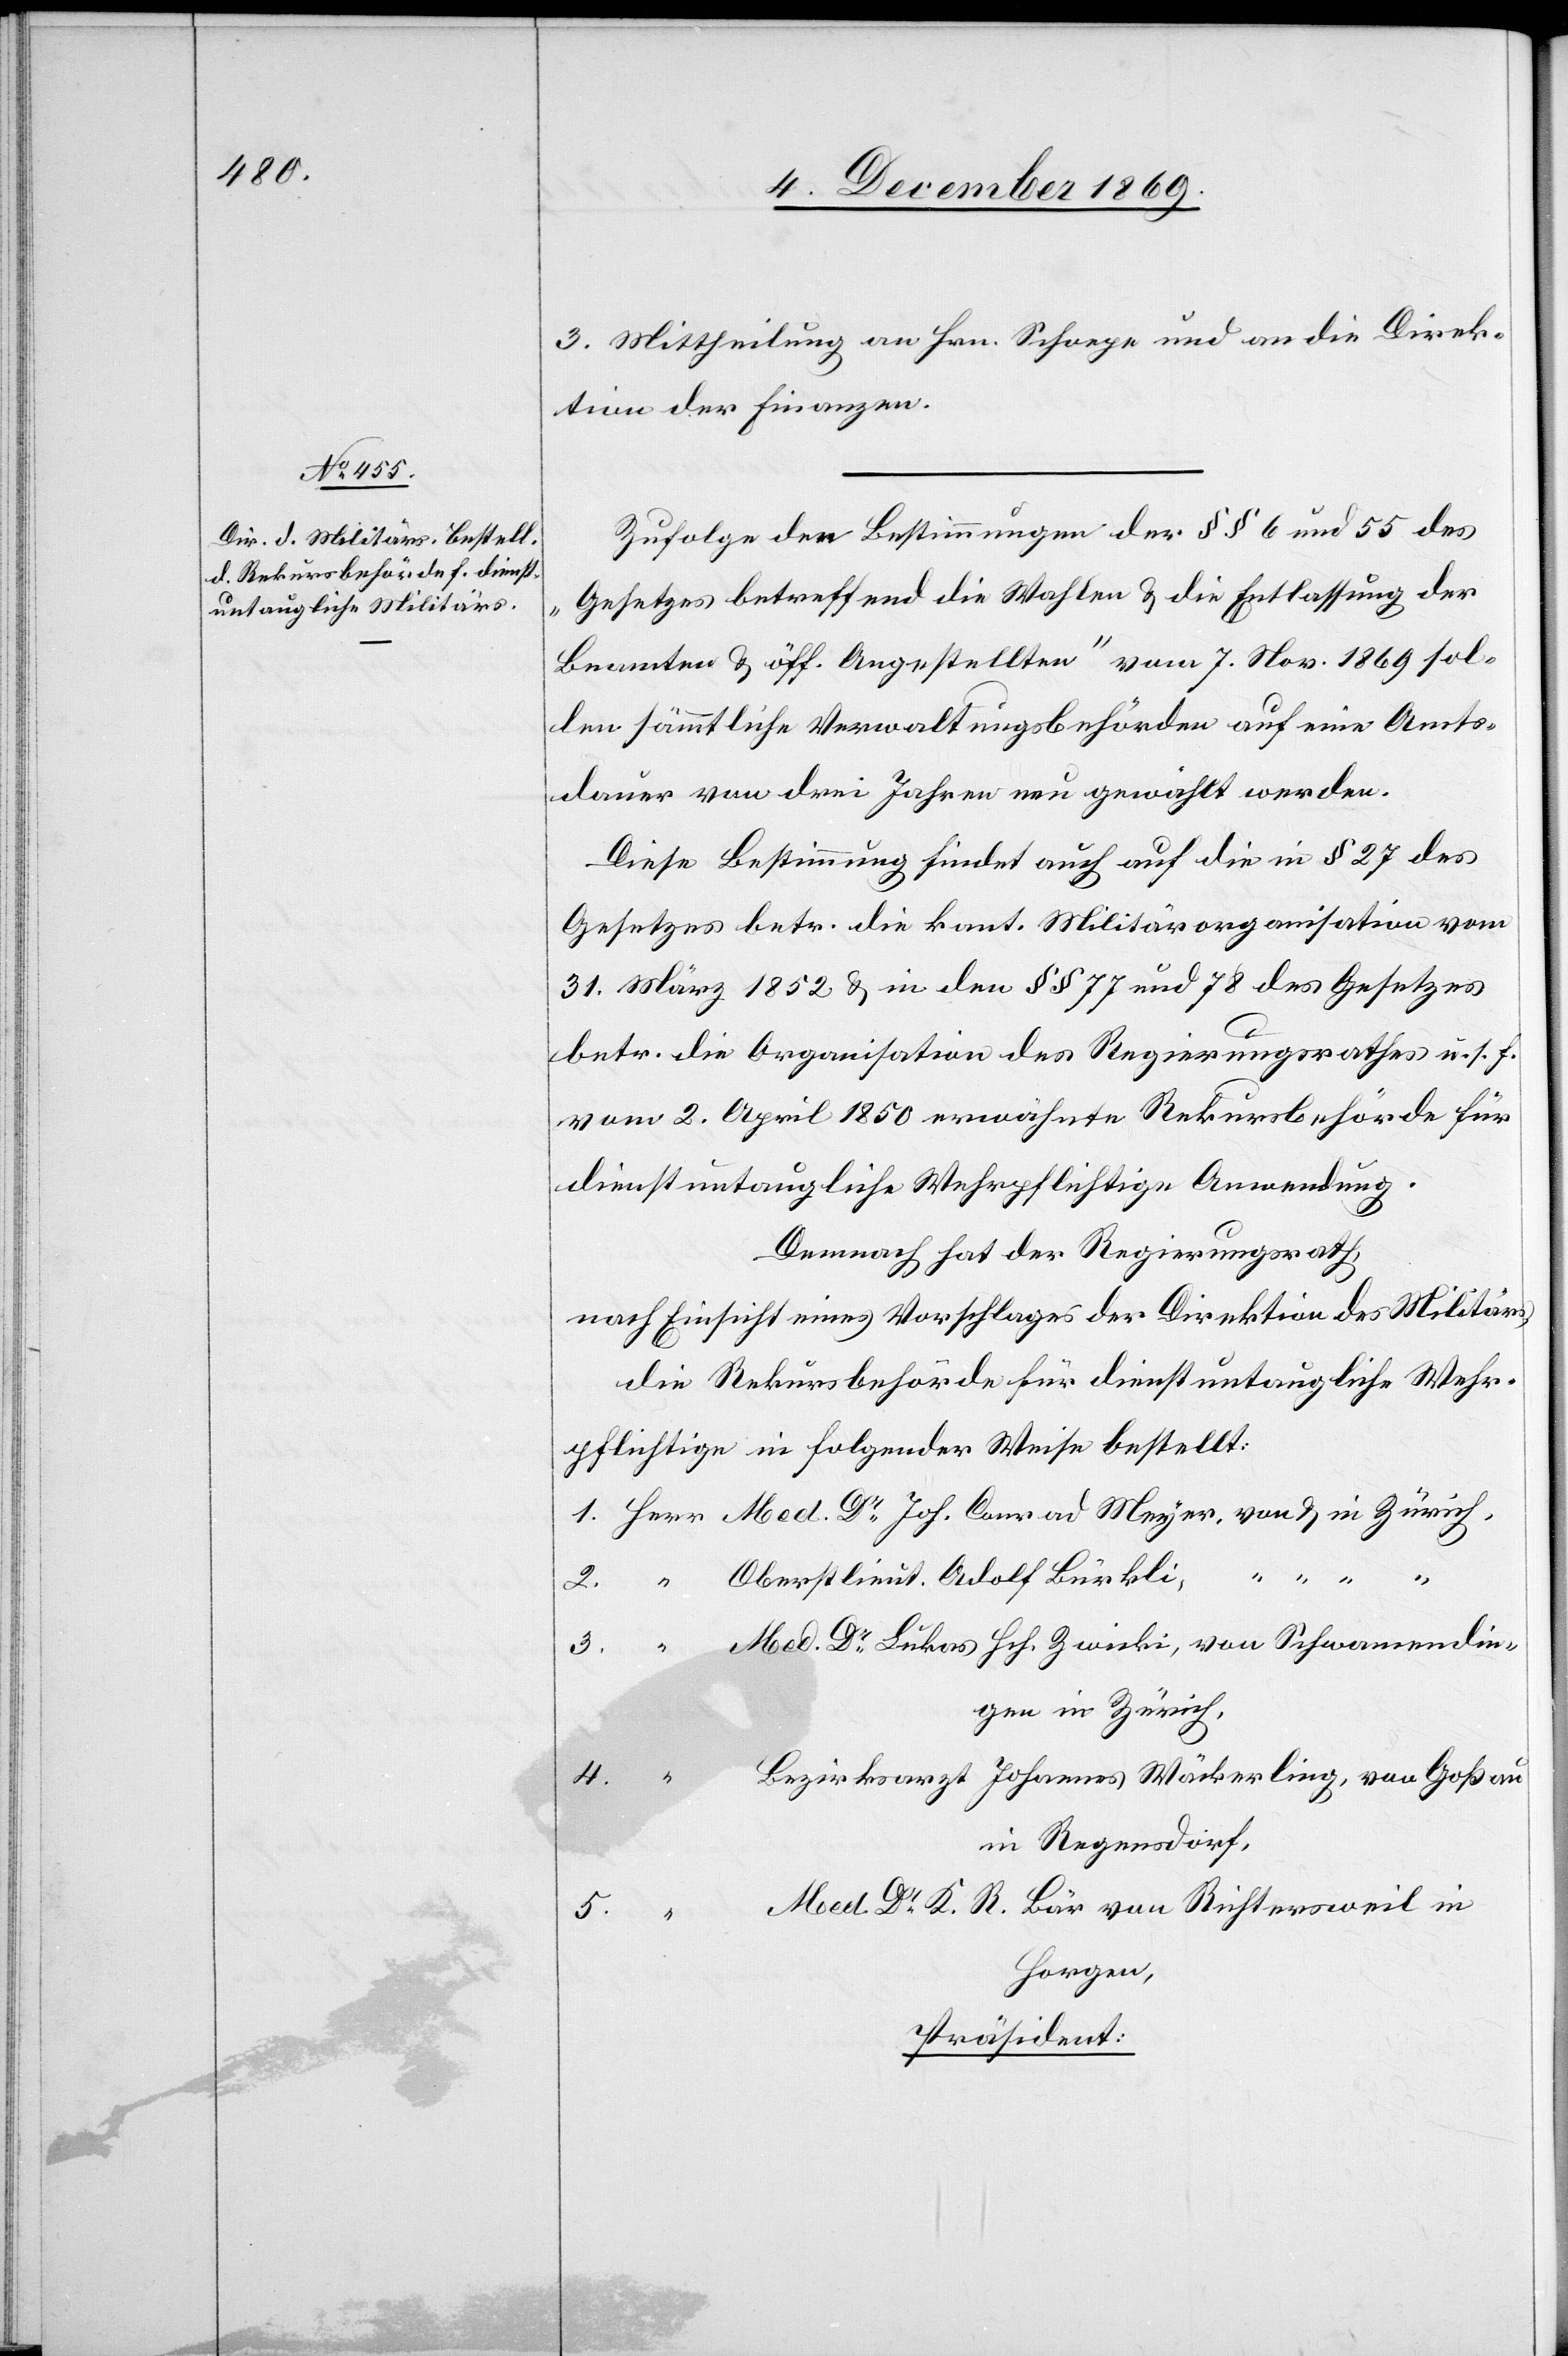
3. Mittheilung an Hrn. Schoepe und an die Direk¬
tion der Finanzen.
Zufolge den Bestimmungen der §§ 6 und 55 des
„Gesetzes betreffend die Wahlen & die Entlassung der
Beamten & öff. Angestellten“ vom 7. Nov. 1869 sol¬
len sämmtliche Verwaltungsbehörden auf eine Amts¬
dauer von drei Jahren neu gewählt werden.
Diese Bestimmung findet auch auf die in § 27 des
Gesetzes betr. die kant. Militärorganisation vom
31. März 1852 & in den §§ 77 und 78 des Gesetzes
betr. die Organisation des Regierungsrathes u. s. f.
vom 2. April 1850 erwähnte Rekursbehörde für
dienstuntaugliche Wehrpflichtige Anwendung.
Demnach hat der Regierungsrath,
nach Einsicht eines Vorschlages der Direktion des Militärs,
die Rekursbehörde für dienstuntaugliche Wehr¬
pflichtige in folgender Weise bestellt:
Oberstlieut. Adolf Bürkli,
Med. Dr Lukas Hch. Zwicki, von Schwamendin¬
gen in Zürich,
Bezirksarzt Johannes Wäckerling, von Goßau
in Regensdorf,
Med. Dr K. R. Bär von Richtersweil in
Horgen,
Präsident: